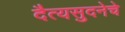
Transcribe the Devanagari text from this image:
दैत्यसुदनेचे